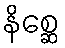
နိစ္ဆေ